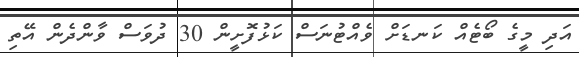
އަދި މީގެ ބޯޓެއް ކަނޑަށް ވެއްޓުނަސް ކަޅުފޮށީން 30 ދުވަސް ވާންދެން އޭތި